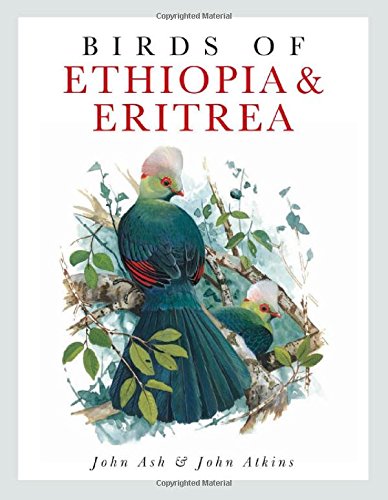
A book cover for Birds of Ethiopia and Eritrea: An Atlas of Distributioa; John Ash; Travel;